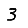
Digit: 3